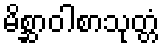
မိစ္ဆာဝါစာသုတ္တံ